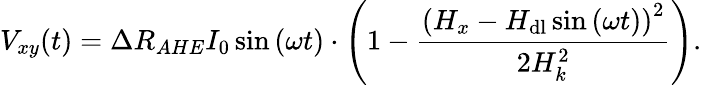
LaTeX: V_{xy}(t)=\Delta R_{AHE}I_{0}\sin{(\omega t)}\cdot{\left(1-\frac{\left(H_{x}-H_{\mathrm{dl}}\sin{(\omega t)}\right)^{2}}{2H_{k}^{2}}\right)}.